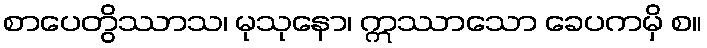
စာပေတွိဿာသ၊ မုသုနော၊ ဣဿာသော ခေပကမှိ စ။